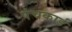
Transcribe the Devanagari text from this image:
पंचकार्ड